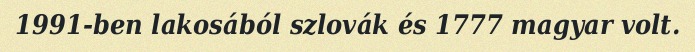
1991-ben lakosából szlovák és 1777 magyar volt.